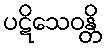
ပဋိသေဝန္တိ